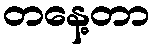
တနေ့တာ